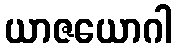
ယာဇယောဂါ